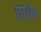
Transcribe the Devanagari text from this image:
शिंदीचे